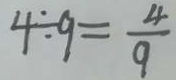
4 \div 9 = \frac { 4 } { 9 }